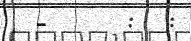
-     :  :